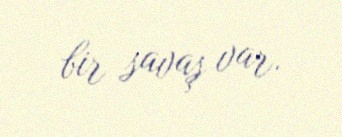
bir savaş var.